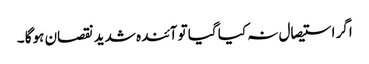
اگر استیصال نہ کیا گیا تو آئندہ شدید نقصان ہوگا ۔